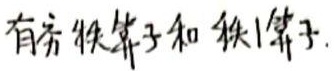
有方铁篦子和铁1篦子.